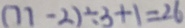
( 7 7 - 2 ) \div 3 + 1 = 2 6